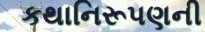
કથાનિરૂપણની